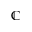
\mathbb { C }